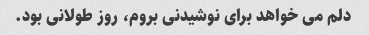
دلم می خواهد برای نوشیدنی بروم، روز طولانی بود.